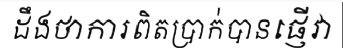
ដឹងថាការពិតប្រាក់បានផ្ញើវា